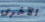
الآخرى